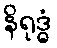
နိရုဒ္ဓံ